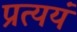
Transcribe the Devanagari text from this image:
प्रत्ययं